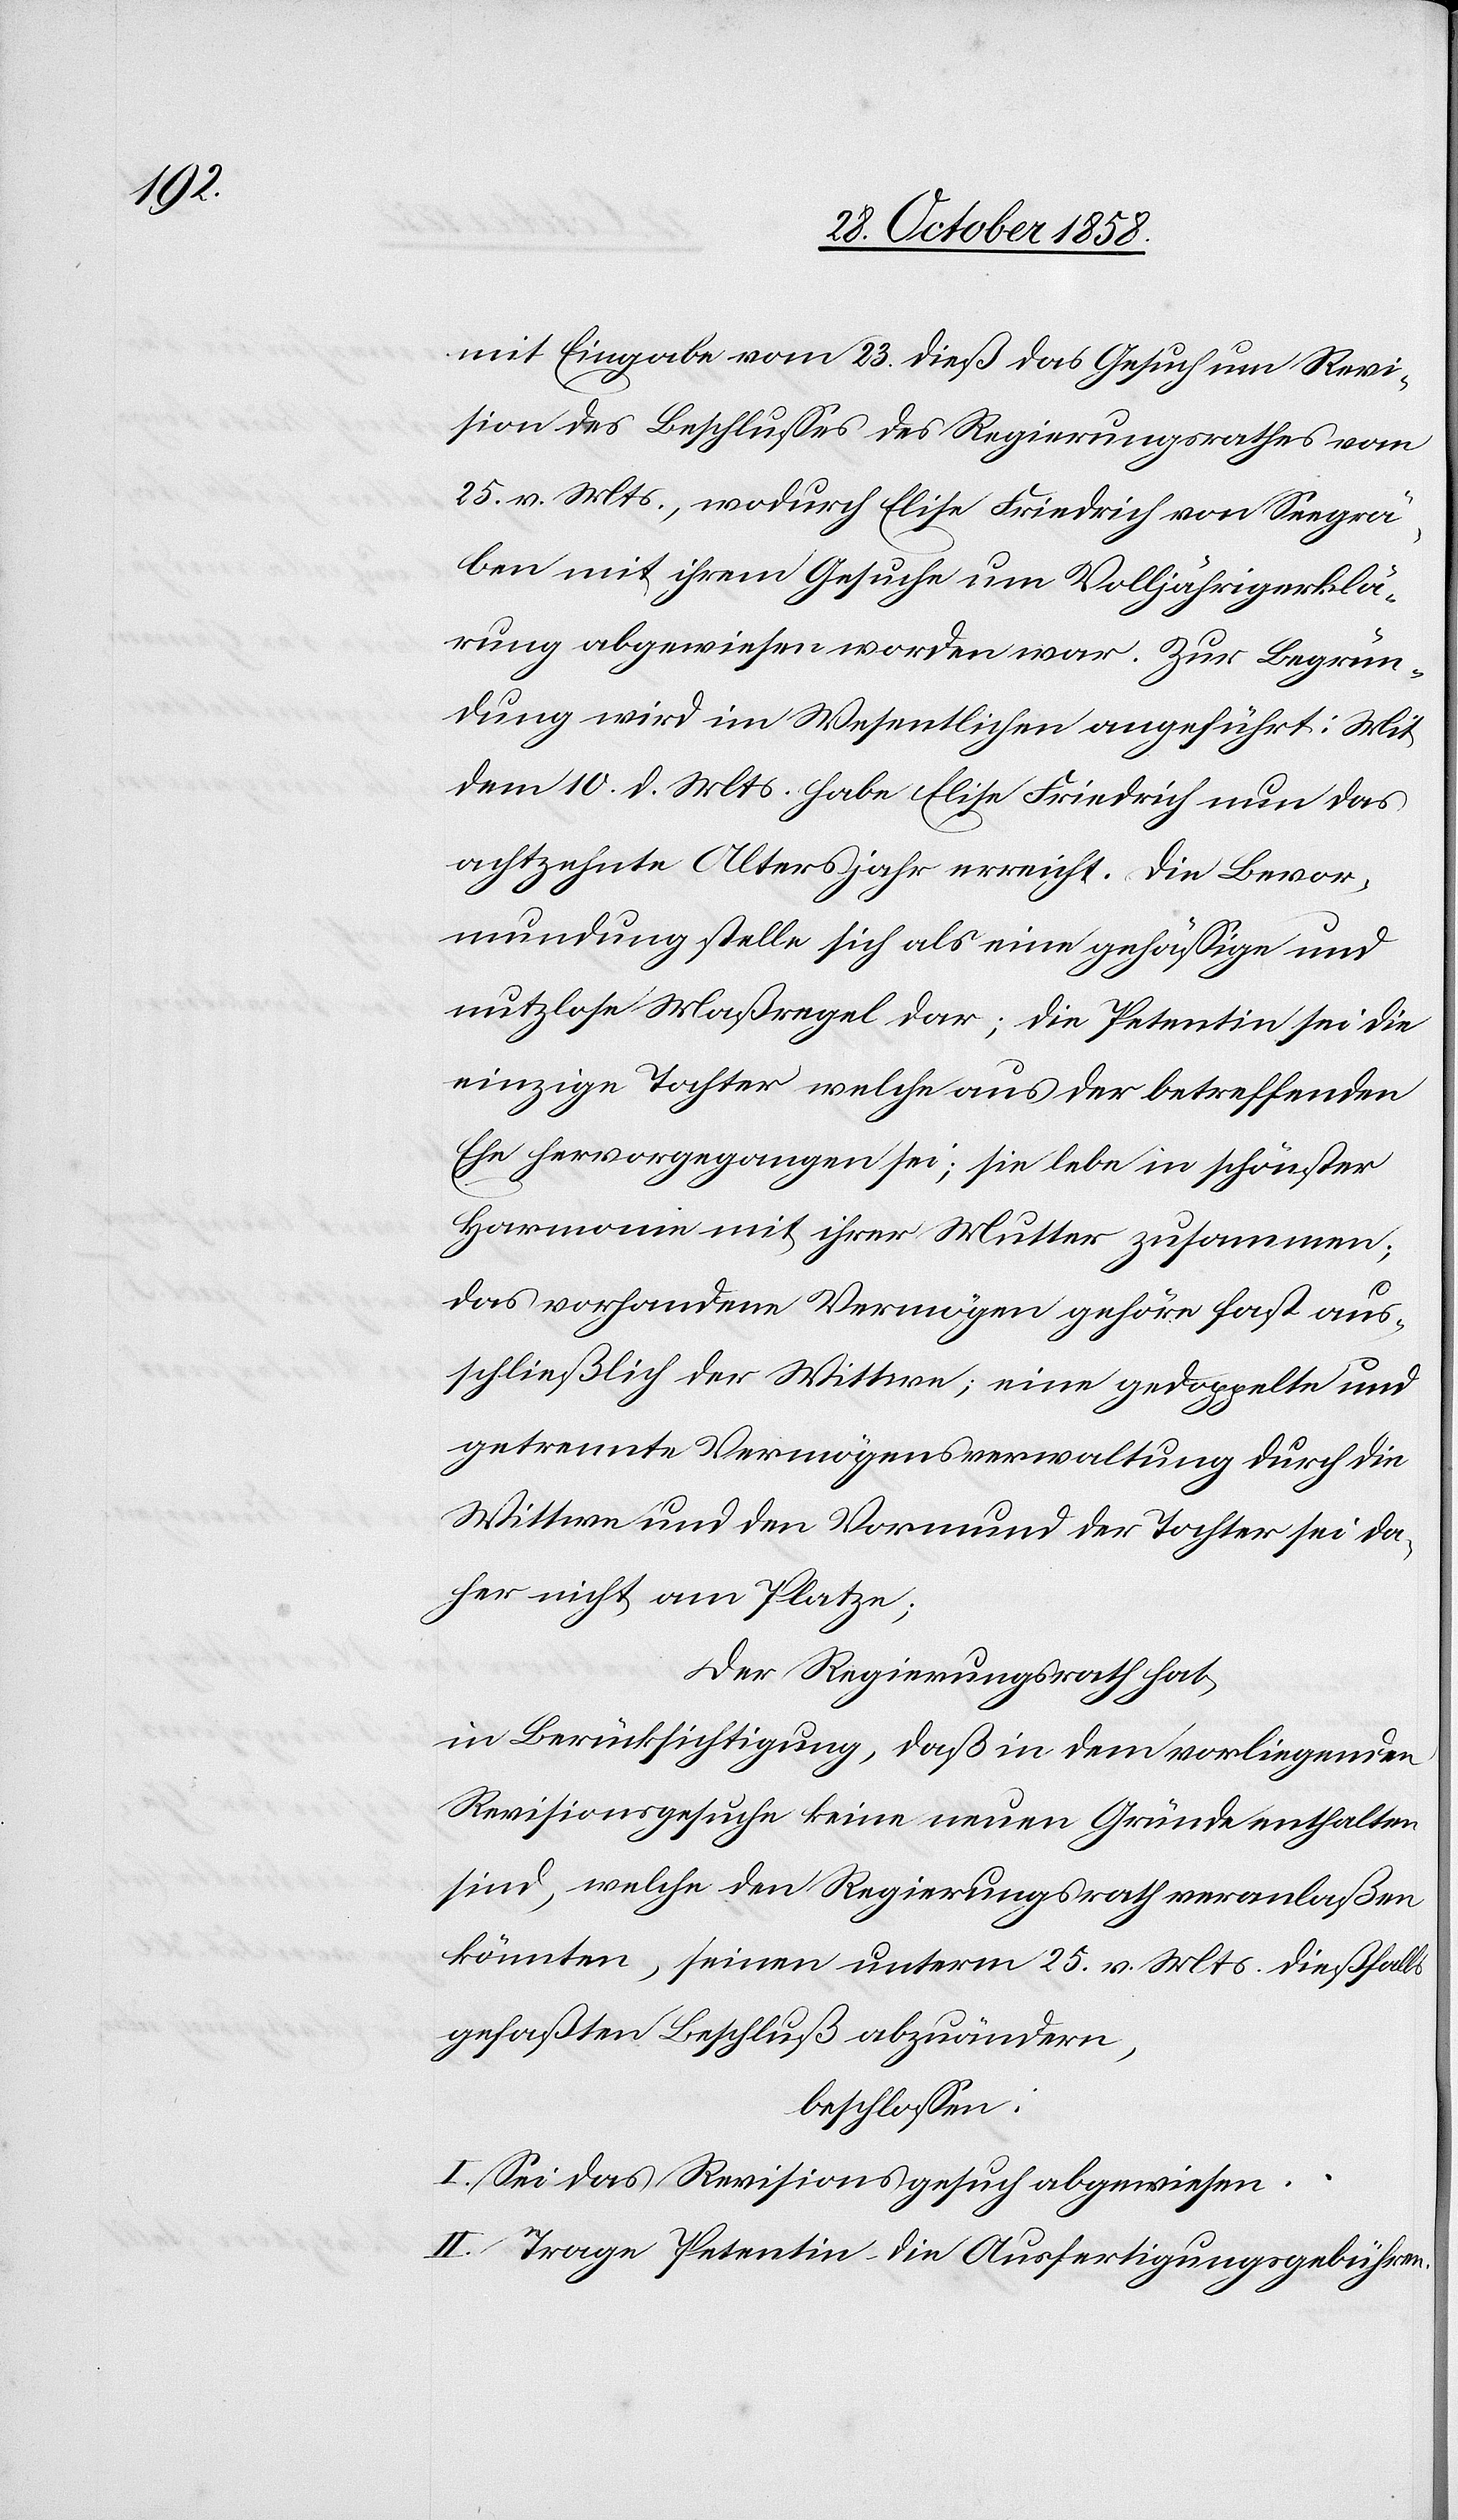
mit Eingabe vom 23. dieß das Gesuch um Revi¬
sion des Beschlusses des Regierungsrathes vom
25. v. Mts., wodurch Elise Friedrich von Seegrä¬
ben mit ihrem Gesuche um Volljährigerklä¬
rung abgewiesen worden war. Zur Begrün¬
dung wird im Wesentlichen angeführt: Mit
dem 10. d. Mts. habe Elise Friedrich nun das
achtzehnte Altersjahr erreicht. Die Bevor¬
mundung stelle sich als eine gehässige und
nutzlose Maßregel dar; die Petentin sei die
einzige Tochter welche aus der betreffenden
Ehe hervorgegangen sei; sie lebe in schönster
Harmonie mit ihrer Mutter zusammen;
das vorhandene Vermögen gehöre fast aus¬
schließlich der Wittwe; eine gedoppelte und
getrennte Vermögensverwaltung durch die
Wittwe und den Vormund der Tochter sei da¬
her nicht am Platze;
Der Regierungsrath hat,
in Berücksichtigung, daß in dem vorliegenden
Revisionsgesuche keine neuen Gründe enthalten
sind, welche den Regierungsrath veranlaßen
könnten, seinen unterm 25. v. Mts. dießfalls
gefaßten Beschluß abzuändern,
beschlossen:
I. Sei das Revisionsgesuch abgewiesen.
II. Trage Petentin die Ausfertigungsgebühren.